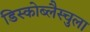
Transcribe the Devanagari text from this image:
डिस्कोब्लैस्चुला